Document type: Emphyteutic lease
Year: 1283
Scribe: Pere Marquès
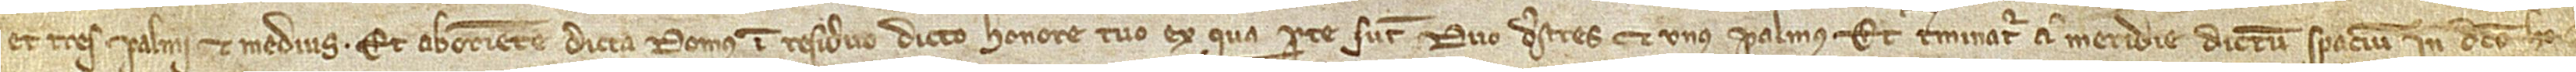
et tres palmi et medius; et ab oriente dicta domus in residuo dicto honore tuo, ex qua parte sunt duo destres et unus palmus. Et terminatur a meridie dictum spacium in dicto ho-